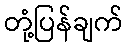
တုံ့ပြန်ချက်